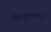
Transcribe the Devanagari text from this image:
शिवपुराणाचा